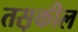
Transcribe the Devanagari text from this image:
तस़कील